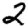
Digit: 2